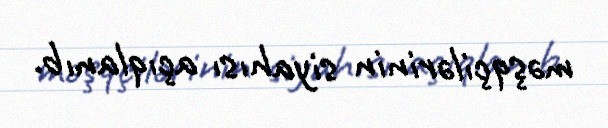
məşqçilərinin siyahısı açıqlanıb.